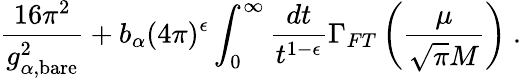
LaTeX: \frac{16\pi^{2}}{g_{\alpha,{\scriptstyle\mathrm{bare}}}^{2}}+b_{\alpha}(4\pi)^{\epsilon}\int_{0}^{\infty}\frac{dt}{t^{1-\epsilon}}\Gamma_{FT}\left(\frac{\mu}{\sqrt{\pi}M}\right)\ .